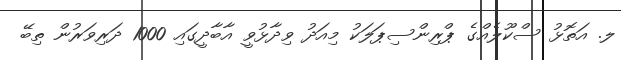
ލ. އަތޮޅު ސްކޫލެއްގެ ޕްރިންސިޕަލަކު މިއަދު ވިދާޅުވީ އާބާދީގައި 1000 ދަރިވަރުން ތިބޭ